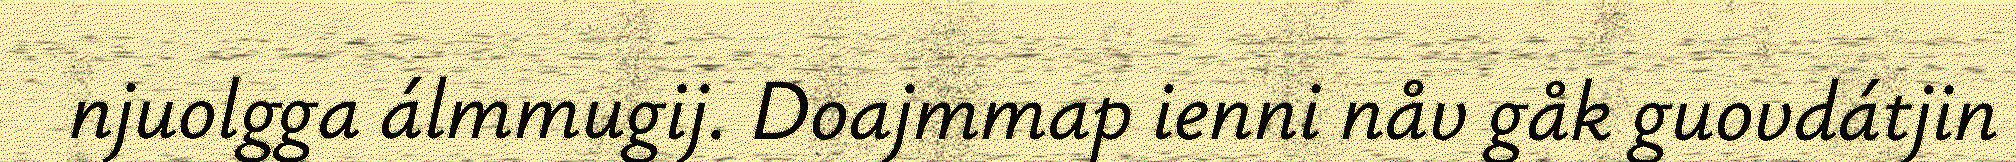
njuolgga álmmugij. Doajmmap ienni nåv gåk guovdátjin